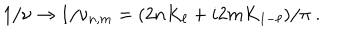
1 / \nu \rightarrow 1 / \nu _ { n , m } = ( 2 n K _ { \ell } + i 2 m K _ { 1 - \ell } ) / \pi ~ .